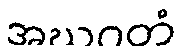
အဃဂတံ